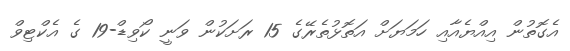
އެގޮތުން އިއްޔެއާއި ހަމަޔަށް އަތޮޅުތެރޭގެ 15 ރަށަކުން ވަނީ ކޯވިޑް-19 ގެ އެކްޓިވް